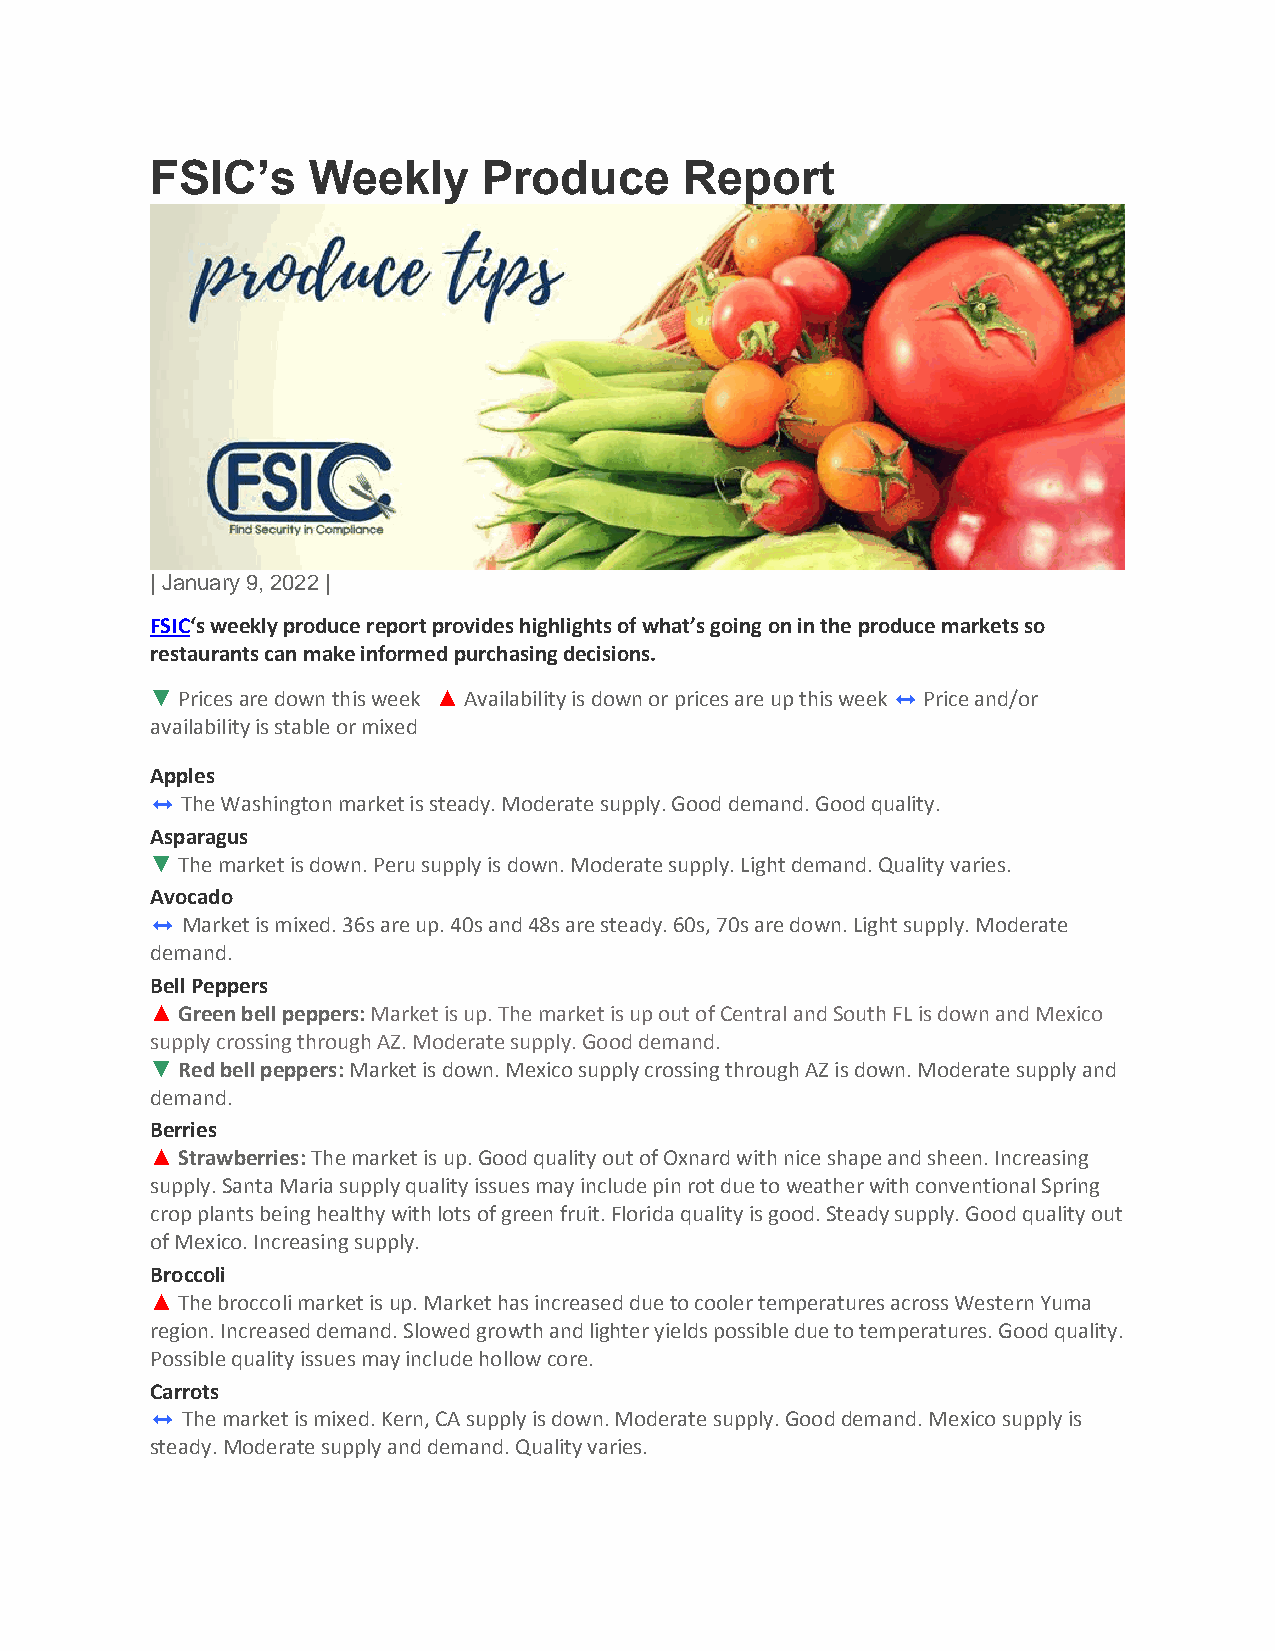
FSIC’s    Weekly      Produce      Report
 | January 9, 2022 |
 FSIC‘s weekly produce report provides highlights of what’s going on in the produce markets so
 restaurants can make informed purchasing decisions.
 ▼ Prices are down this week ▲ Availability is down or prices are up this week ⬌ Price and/or
 availability is stable or mixed
 Apples
 ⬌ The Washington market is steady. Moderate supply. Good demand. Good quality.
 Asparagus
 ▼ The market is down. Peru supply is down. Moderate supply. Light demand. Quality varies.
 Avocado
 ⬌ Market is mixed. 36s are up. 40s and 48s are steady. 60s, 70s are down. Light supply. Moderate
 demand.
 Bell Peppers
 ▲ Green bell peppers: Market is up. The market is up out of Central and South FL is down and Mexico
 supply crossing through AZ. Moderate supply. Good demand.
 ▼ Red bell peppers: Market is down. Mexico supply crossing through AZ is down. Moderate supply and
 demand.
 Berries
 ▲ Strawberries: The market is up. Good quality out of Oxnard with nice shape and sheen. Increasing
 supply. Santa Maria supply quality issues may include pin rot due to weather with conventional Spring
 crop plants being healthy with lots of green fruit. Florida quality is good. Steady supply. Good quality out
 of Mexico. Increasing supply.
 Broccoli
 ▲ The broccoli market is up. Market has increased due to cooler temperatures across Western Yuma
 region. Increased demand. Slowed growth and lighter yields possible due to temperatures. Good quality.
 Possible quality issues may include hollow core.
 Carrots
 ⬌ The market is mixed. Kern, CA supply is down. Moderate supply. Good demand. Mexico supply is
 steady. Moderate supply and demand. Quality varies.